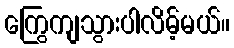
ကြွေကျသွားပါလိမ့်မယ်။